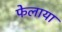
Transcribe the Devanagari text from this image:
फेलाया